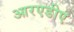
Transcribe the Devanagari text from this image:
आरएडीए